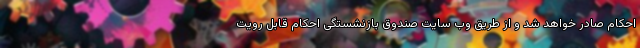
احکام صادر خواهد شد و از طریق وب سایت صندوق بازنشستگی احکام قابل رویت